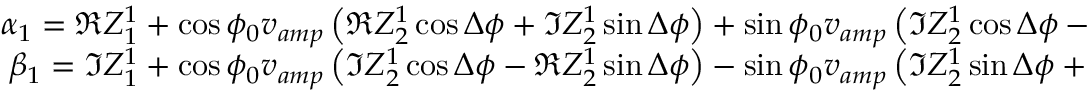
\begin{array} { r } { \alpha _ { 1 } = \Re Z _ { 1 } ^ { 1 } + \cos \phi _ { 0 } v _ { a m p } \left( \Re Z _ { 2 } ^ { 1 } \cos \Delta \phi + \Im Z _ { 2 } ^ { 1 } \sin \Delta \phi \right) + \sin \phi _ { 0 } v _ { a m p } \left( \Im Z _ { 2 } ^ { 1 } \cos \Delta \phi - \Re Z _ { 2 } ^ { 1 } \sin \Delta \phi \right) } \\ { \beta _ { 1 } = \Im Z _ { 1 } ^ { 1 } + \cos \phi _ { 0 } v _ { a m p } \left( \Im Z _ { 2 } ^ { 1 } \cos \Delta \phi - \Re Z _ { 2 } ^ { 1 } \sin \Delta \phi \right) - \sin \phi _ { 0 } v _ { a m p } \left( \Im Z _ { 2 } ^ { 1 } \sin \Delta \phi + \Re Z _ { 2 } ^ { 1 } \cos \Delta \phi \right) } \end{array}